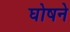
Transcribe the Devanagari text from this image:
घोषने